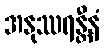
အနုဿရန္တီနံ